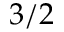
3 / 2